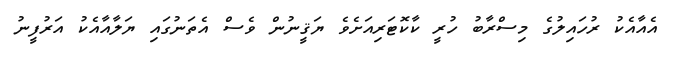
އެއާއެކު ރުހައިލުގެ މިސްރާބު ހުރީ ކާކޮޓަރިއަށެވެ ޔަޤީނުން ވެސް އެތަނުގައި ޔަލާއާއެކު އަރުފީނު